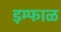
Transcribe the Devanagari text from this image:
इम्फाळ